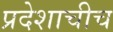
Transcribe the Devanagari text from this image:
प्रदेशाचीच